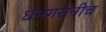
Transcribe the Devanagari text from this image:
धनगरांनीच